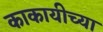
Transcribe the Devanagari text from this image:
काकायीच्या